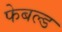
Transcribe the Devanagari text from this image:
फेबल्ड